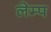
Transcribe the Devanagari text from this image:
लेम्प